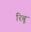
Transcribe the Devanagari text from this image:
रिबू